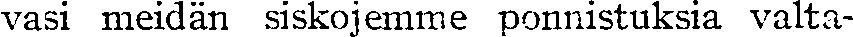
vasi meidän siskojemme ponnistuksia valta-